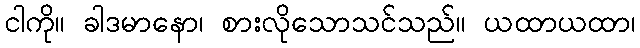
ငါကို။ ခါဒမာနော၊ စားလိုသောသင်သည်။ ယထာယထာ၊